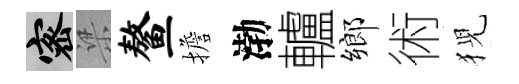
密梁鳌擔渤轤鄉術猊